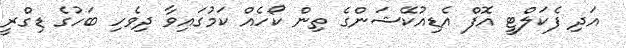
އަދި ފެކަލްޓީ އޮފް އެޑިއުކޭޝަންގެ ތިން ކޯހެެއް ކަމުގައިވާ ދިވެހި ބަހުގެ ޑިގްރީ